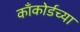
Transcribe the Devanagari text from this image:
काँकोर्डच्या